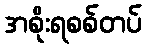
အစိုးရစစ်တပ်